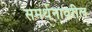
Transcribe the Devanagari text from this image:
समर्थनावरील